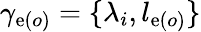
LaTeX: \gamma_{\mathrm{e}(o)}=\{ \lambda_{i},l_{\mathrm{e}(o)}\}